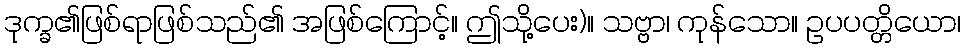
ဒုက္ခ၏ဖြစ်ရာဖြစ်သည်၏ အဖြစ်ကြောင့်။ ဤသို့ပေး)။ သဗ္ဗာ၊ ကုန်သော။ ဥပပတ္တိယော၊